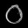
Digit: ၀